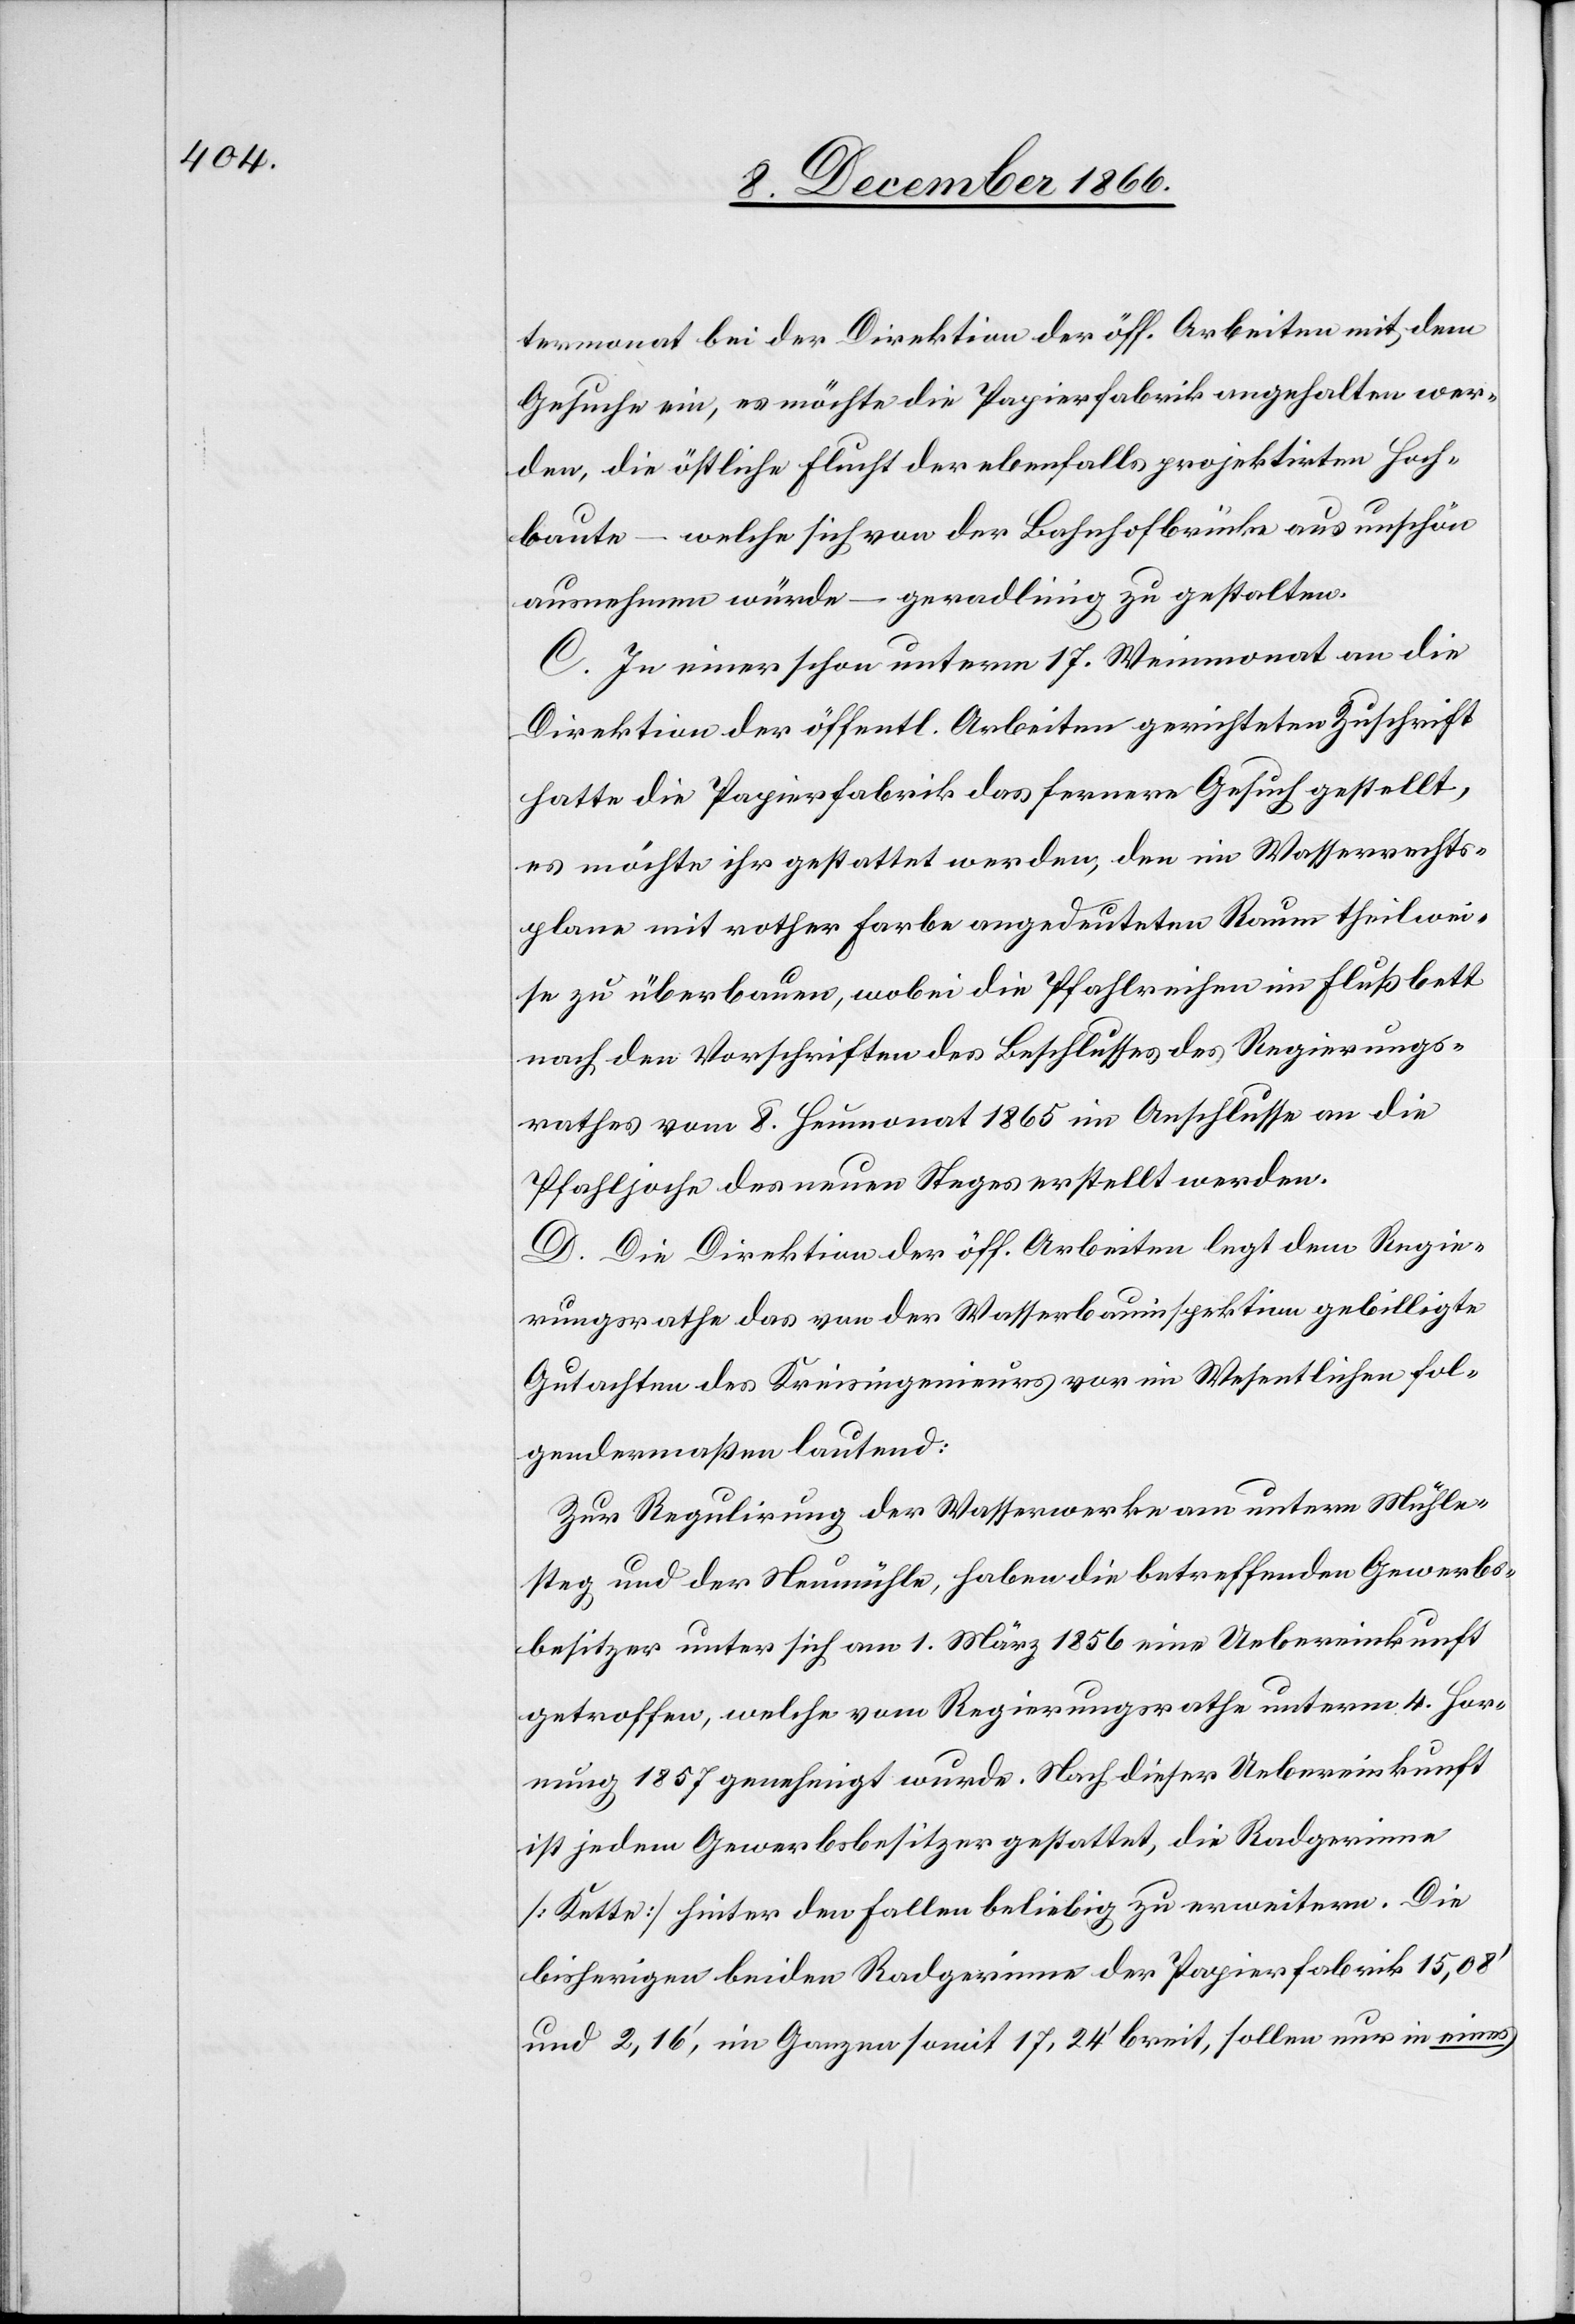
termonat bei der Direktion der öff. Arbeiten mit dem
Gesuche ein, es möchte die Papierfabrik angehalten wer¬
den, die östliche Flucht der ebenfalls projektirten Hoch¬
baute – welche sich von der Bahnhofbrücke aus unschön
ausnehmen würde – geradlinig zu gestalten.
C. In einer schon unterm 17. Weinmonat an die
Direktion der öffentl. Arbeiten gerichteten Zuschrift
hatte die Papierfabrik das fernere Gesuch gestellt,
es möchte ihr gestattet werden, den im Wasserrechts¬
plane mit rother Farbe angedeuteten Raum theilwei¬
se zu überbauen, wobei die Pfahlreihen im Flußbett
nach den Vorschriften des Beschlusses des Regierungs¬
rathes vom 8. Heumonat 1865 im Anschlusse an die
Pfahljoche des neuen Steges erstellt werden.
D. Die Direktion der öff. Arbeiten legt dem Regie¬
rungsrathe das von der Wasserbauinspektion gebilligte
Gutachten des Kreisingenieurs vor im Wesentlichen fol¬
gendermaßen lautend:
Zur Regulirung der Wasserwerke am untern Mühle¬
steg und der Neumühle, haben die betreffenden Gewerbs¬
besitzer unter sich am 1. März 1856 eine Uebereinkunft
getroffen, welche vom Regierungsrathe unterm 4. Hor¬
nung 1857 genehmigt wurde. Nach dieser Uebereinkunft
ist jedem Gewerbsbesitzer gestattet, die Radgerinne
[Kette] hinter den Fallen beliebig zu erweitern. Die
bisherigen beiden Radgerinne der Papierfabrik 15,08‘
und 2,16‘, im Ganzen 17,24‘ breit, sollen nur in eines